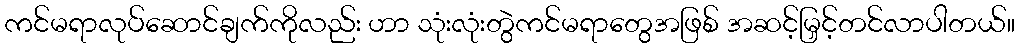
ကင်မရာလုပ်ဆောင်ချက်ကိုလည်း ဟာ သုံးလုံးတွဲကင်မရာတွေအဖြစ် အဆင့်မြှင့်တင်လာပါတယ်။